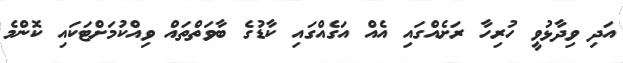
އަދި ވިދާޅުވީ ހުރިހާ ރަށެއްގައި އެއް އަގެއްގައި ކާޑުގެ ބާވަތްތައް ވިއްކުމަށްޓަކައި ކޮންމެ